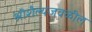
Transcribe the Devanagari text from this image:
श्रीशैल्यजवळील